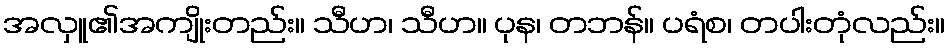
အလှူ၏အကျိုးတည်း။ သီဟ၊ သီဟ။ ပုန၊ တဘန်။ ပရံစ၊ တပါးတုံလည်း။